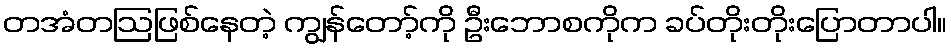
တအံတဩဖြစ်နေတဲ့ ကျွန်တော့်ကို ဦးဘောစကိုက ခပ်တိုးတိုးပြောတာပါ။